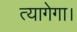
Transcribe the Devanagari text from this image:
त्यागेगा।